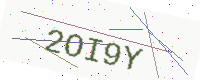
Text: 2OI9Y